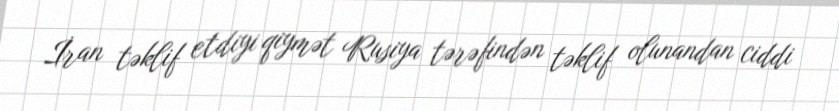
İran təklif etdiyi qiymət Rusiya tərəfindən təklif olunandan ciddi